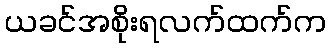
ယခင်အစိုးရလက်ထက်က